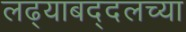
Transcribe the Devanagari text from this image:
लढ्याबद्दलच्या